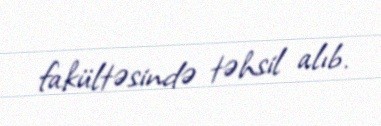
fakültəsində təhsil alıb.